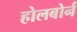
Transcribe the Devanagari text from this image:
होलबोर्न